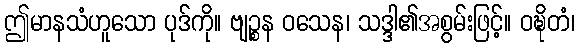
ဤမာနသံဟူသော ပုဒ်ကို။ ဗျဉ္စန ဝသေန၊ သဒ္ဒါ၏အစွမ်းဖြင့်။ ဝဍ္ဎိတံ၊